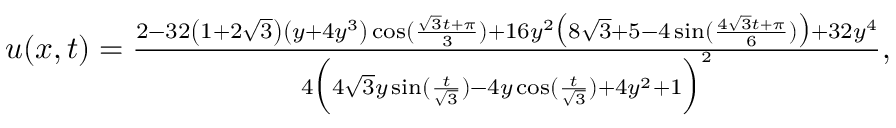
\begin{array} { r } { u ( x , t ) = \frac { 2 - 3 2 \left( 1 + 2 \sqrt { 3 } \right) \left( y + 4 y ^ { 3 } \right) \cos ( \frac { \sqrt { 3 } t + \pi } { 3 } ) + 1 6 y ^ { 2 } \big ( 8 \sqrt { 3 } + 5 - 4 \sin ( \frac { 4 \sqrt { 3 } t + \pi } { 6 } ) \big ) + 3 2 y ^ { 4 } } { 4 \Big ( 4 \sqrt { 3 } y \sin ( \frac { t } { \sqrt { 3 } } ) - 4 y \cos ( \frac { t } { \sqrt { 3 } } ) + 4 y ^ { 2 } + 1 \Big ) ^ { 2 } } , } \end{array}